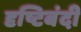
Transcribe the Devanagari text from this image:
दृष्टिबंदी